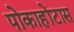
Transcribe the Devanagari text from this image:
पोकाहोंटास